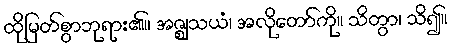
ထိုမြတ်စွာဘုရား၏။ အဇ္ဈသယံ၊ အလိုတော်ကို။ သိတွာ၊ သိ၍။